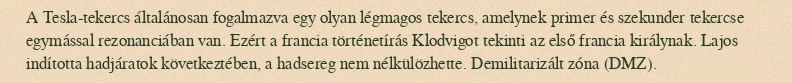
A Tesla-tekercs általánosan fogalmazva egy olyan légmagos tekercs, amelynek primer és szekunder tekercse egymással rezonanciában van. Ezért a francia történetírás Klodvigot tekinti az első francia királynak. Lajos indította hadjáratok következtében, a hadsereg nem nélkülözhette. Demilitarizált zóna (DMZ).